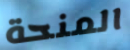
المنحة